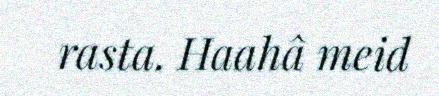
rasta. Haahâ meid